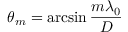
\theta _ { m } = \arcsin { \frac { m \lambda _ { 0 } } { D } }